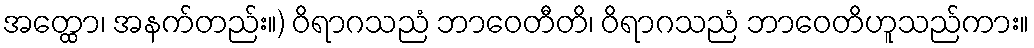
အတ္ထော၊ အနက်တည်း။) ဝိရာဂသညံ ဘာဝေတီတိ၊ ဝိရာဂသညံ ဘာဝေတိဟူသည်ကား။